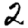
Digit: 2